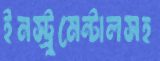
ইনস্ট্রুমেন্টালসহ